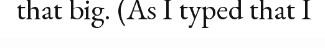
that big. (As I typed that I